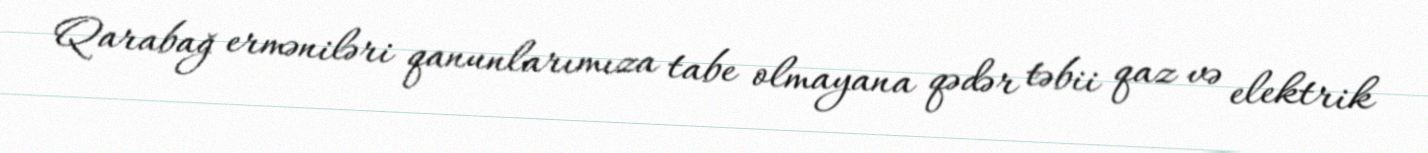
Qarabağ erməniləri qanunlarımıza tabe olmayana qədər təbii qaz və elektrik